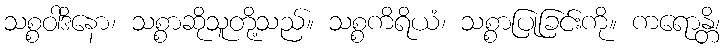
သစ္စဝါဒိနော၊ သစ္စာဆိုသူတို့သည်။ သစ္စကိရိယံ၊ သစ္စာပြုခြင်းကို။ ကရောန္တိ၊